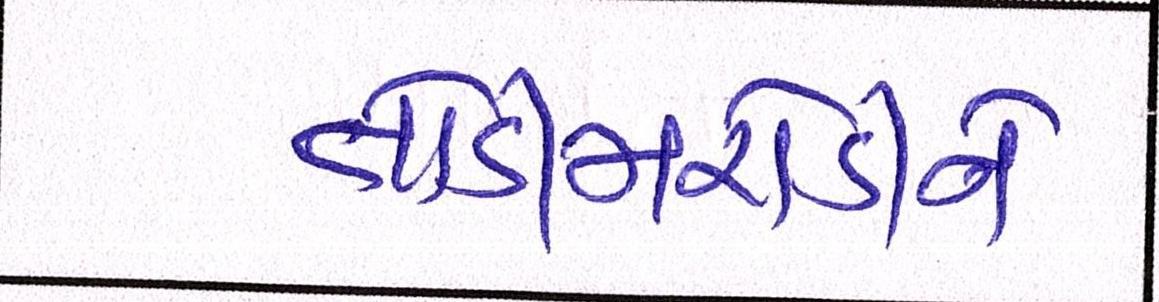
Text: તોડીમરોડીને